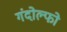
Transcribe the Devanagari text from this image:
गंदोल्फो